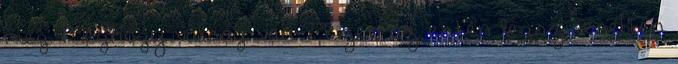
meg. Méghogy válság van ? Ezen az estén legszívesebben